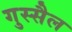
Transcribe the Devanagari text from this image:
गुस्सैल